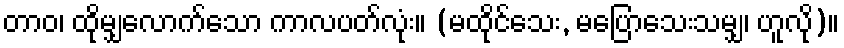
တာဝ၊ ထိုမျှလောက်သော ကာလပတ်လုံး။ (မထိုင်သေး, မပြောသေးသမျှ၊ ဟူလို)။